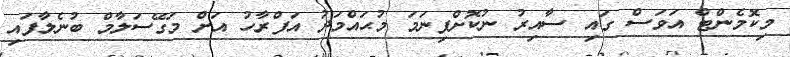
މިކޮމެންޓް އަވަސް ގައި ސާއިރު ނުކޮށްފިނަމަ މުޙައްމަދު އަފްރާހު އަށް މަގޭސަލާމް ބުނެލާފައި